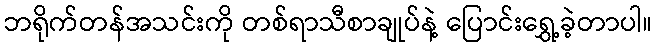
ဘရိုက်တန်အသင်းကို တစ်ရာသီစာချုပ်နဲ့ ပြောင်းရွှေ့ခဲ့တာပါ။